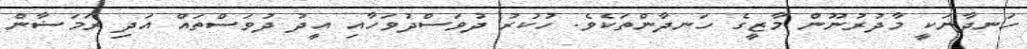
ހަނދާނަކީ މާދުރުނޫން މާޒީގެ ހަނދާންތަކެވެ. ހުކުރު ދުވަސްދުވަހާއި އީދު ދުވަސްތައް އަދި ރަމަޟާން